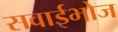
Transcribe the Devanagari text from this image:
सवाईभोज